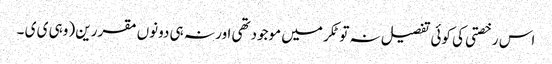
اس رخصتی کی کوئی تفصیل نہ تو ٹکر میں موجودتھی اور نہ ہی دونوں مقررین (وہی ی ی ۔